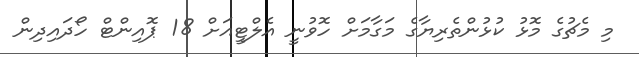
މި މެޗުގެ މޮޅު ކުޅުންތެރިޔާގެ މަގާމަށް ހޮވުނީ އެލްޓީއަށް 18 ޕޮއިންޓް ހޯދައިދިން